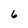
Character: 6